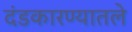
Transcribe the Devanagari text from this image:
दंडकारण्यातले